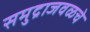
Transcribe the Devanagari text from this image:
समुद्राजवळचे